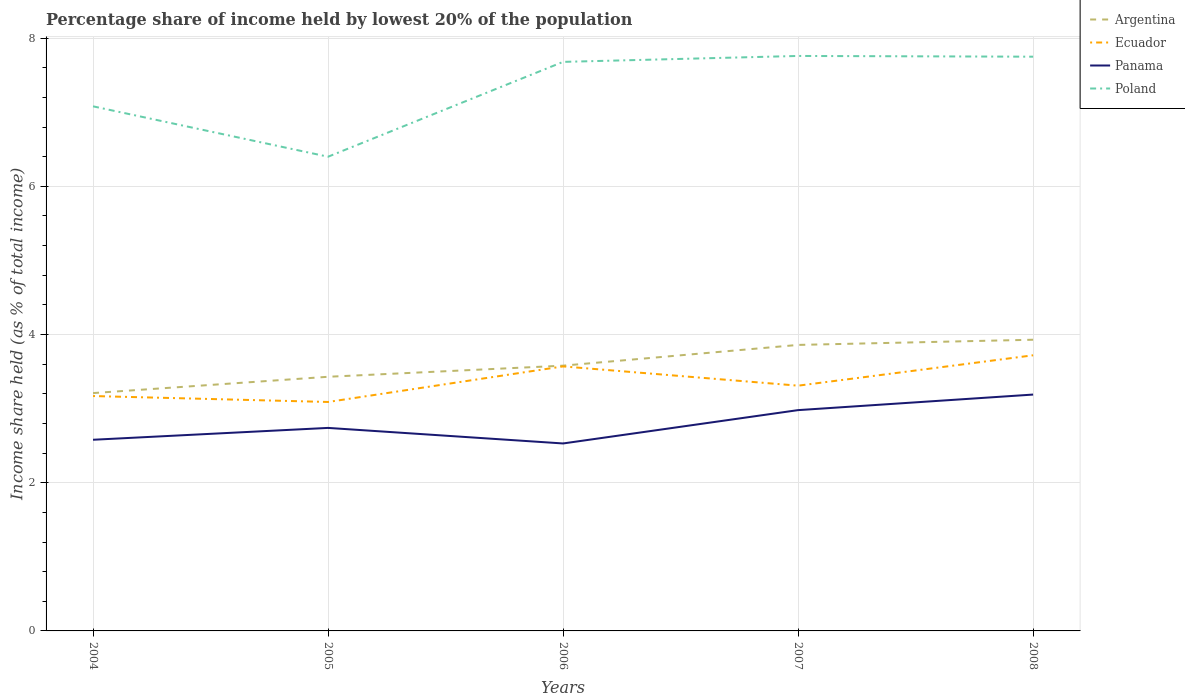
| Years | Argentina | Ecuador | Panama | Poland |
 | --- | --- | --- | --- | --- |
 | 2004 | 3.21 | 3.17 | 2.58 | 7.08 |
 | 2005 | 3.43 | 3.09 | 2.74 | 6.4 |
 | 2006 | 3.58 | 3.57 | 2.53 | 7.68 |
 | 2007 | 3.86 | 3.31 | 2.98 | 7.76 |
 | 2008 | 3.93 | 3.72 | 3.19 | 7.75 |